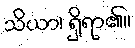
သိယာ၊ ရှိရာ၏။